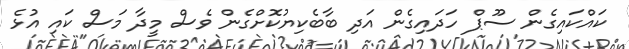
ކައްކައިގެން ސޫޕް ހަދައިގެން އަދި ބާބެކިޔުކޮށްގެން ވެސް މީދާ މަސް ކައި އުޅެ